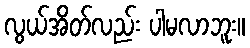
လွယ်အိတ်လည်း ပါမလာဘူး။